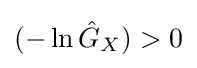
(-\ln {\hat {G}}_{X})>0